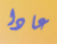
عادا